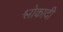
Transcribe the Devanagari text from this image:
श्लोकादी